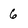
Character: 6